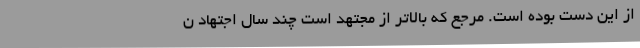
از این دست بوده است. مرجع که بالاتر از مجتهد است چند سال اجتهاد ن